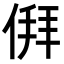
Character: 𬾳